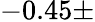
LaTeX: -0.45\pm